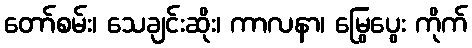
တော်စမ်း၊ သေချင်းဆိုး၊ ကာလနာ၊ မြွေပွေး ကိုက်